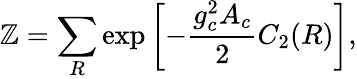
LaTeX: {\cal\mathbb{Z}}=\sum_{R}\exp\left[-{\frac{{g_{c}^{2}A_{c}}}{{2}}}C_{2}(R)\right],